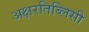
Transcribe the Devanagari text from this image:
अक्षरतिब्लिसी